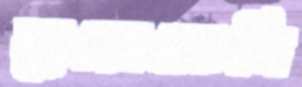
ব্যুরোক্রেসি